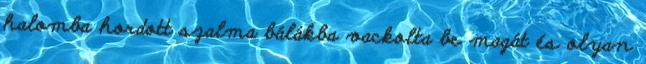
halomba hordott szalma bálákba vackolta be magát és olyan